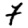
Digit: 7